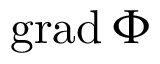
\mathrm { g r a d } \, \Phi